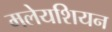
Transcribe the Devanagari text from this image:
मलेयशियन